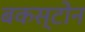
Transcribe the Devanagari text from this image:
बकस्टोन